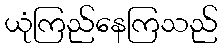
ယုံကြည်နေကြသည်